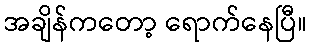
အချိန်ကတော့ ရောက်နေပြီ။